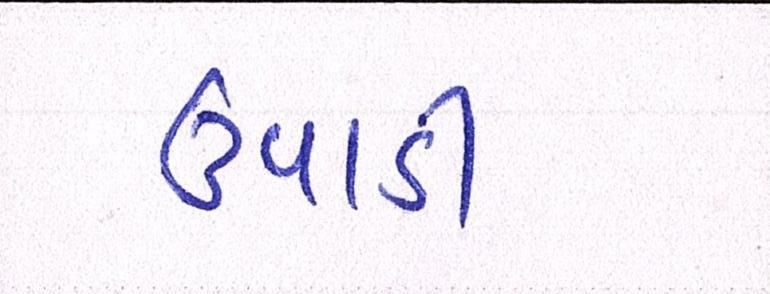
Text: ઉપાડી